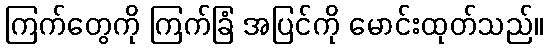
ကြက်တွေကို ကြက်ခြံ အပြင်ကို မောင်းထုတ်သည်။